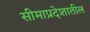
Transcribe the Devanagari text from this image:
सीमाप्रदेशातील